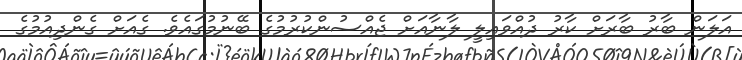
އަލަން ބާރު ބާރަށް ކާރު ދުއްވައިލީ ލާނާއަށް ޖެއްސުންކުރުމުގެ ބޭނުމުގައެވެ. ގެއަށް ގެންދިއުމުގެ